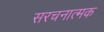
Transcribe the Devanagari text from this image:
सरचनात्मक